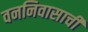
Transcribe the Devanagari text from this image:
वननिवासाची